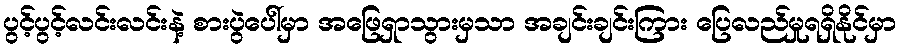
ပွင့်ပွင့်လင်းလင်းနဲ့ စားပွဲပေါ်မှာ အဖြေရှာသွားမှသာ အချင်းချင်းကြား ပြေလည်မှုရရှိနိုင်မှာ